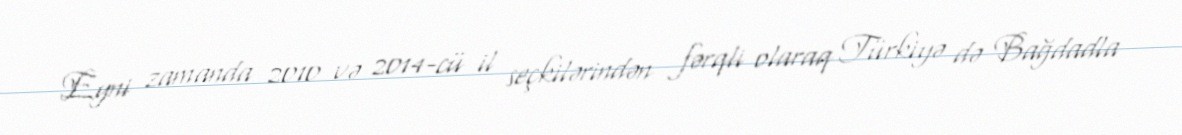
Eyni zamanda 2010 və 2014-cü il seçkilərindən fərqli olaraq Türkiyə də Bağdadla